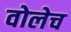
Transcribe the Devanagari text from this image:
वोलेच